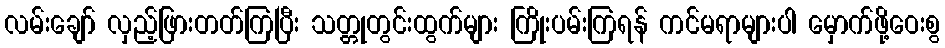
လမ်းချော် လှည့်ဖြားတတ်ကြပြီး သတ္တုတွင်းထွက်များ ကြိုးပမ်းကြရန် ကင်မရာများပါ မှောက်ဖို့ဝေးစွ